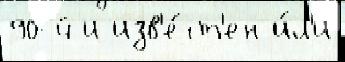
90-й и изв'е́ст'ен и́л'и